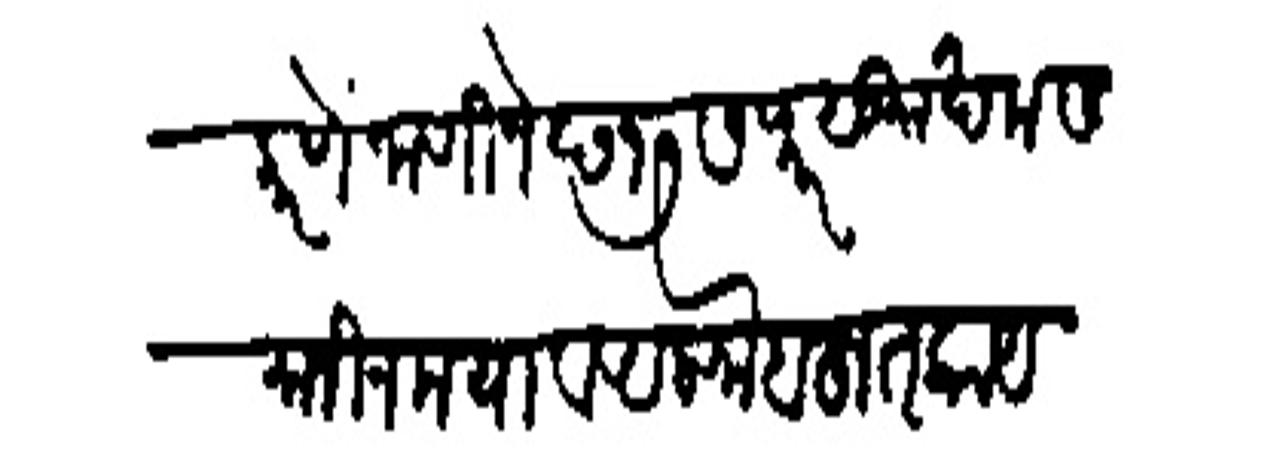
Transliteration (Devanagari): करणें जाणिजें छ १७ सफर सुर खमस मानीन मया व अलफ बहुत काय